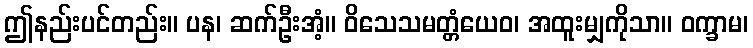
ဤနည်းပင်တည်း။ ပန၊ ဆက်ဦးအံ့။ ဝိသေသမတ္တံယေဝ၊ အထူးမျှကိုသာ။ ဝက္ခာမ၊